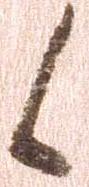
候